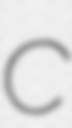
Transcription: C